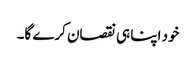
خود اپنا ہی نقصان کرے گا۔